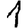
Digit: 1